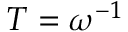
T = \omega ^ { - 1 }